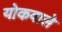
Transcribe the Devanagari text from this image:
योकवाले